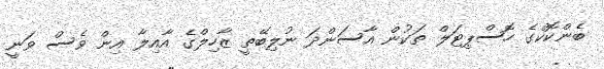
ބެންކޮކްގެ ހޮސްޕިޓަލް ތަކުން އާސަންދަ ނުލިބޭތީ ޒާހިލްގެ އާއިލާ އިން ވެސް ވަނީ